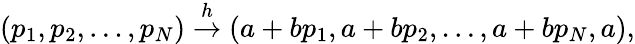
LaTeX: \left(p_{1},p_{2},\dots,p_{N}\right)\overset{h}{\rightarrow}\left(a+bp_{1},a+bp_{2},\dots,a+bp_{N},a\right),